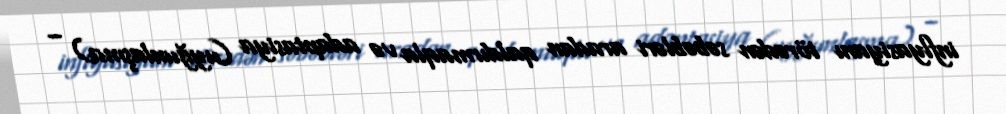
inflyasiyanı törədən səbəbləri aradan qaldırmaqla və adaptasiya (uyğunlaşma) –